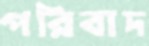
পরিবাদ